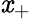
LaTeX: \mathit{x}_{+}